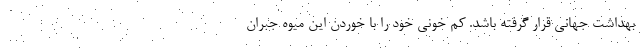
بهداشت جهانی قرار گرفته باشد. کم خونی خود را با خوردن این میوه جبران